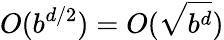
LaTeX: O(b^{d/2})=O({\sqrt{b^{d}}})